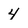
Character: 4